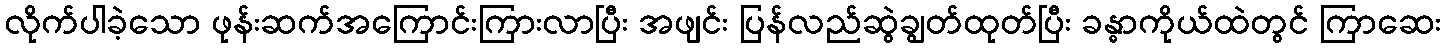
လိုက်ပါခဲ့သော ဖုန်းဆက်အကြောင်းကြားလာပြီး အဖျင်း ပြန်လည်ဆွဲချွတ်ထုတ်ပြီး ခန္ဓာကိုယ်ထဲတွင် ကြာဆေး